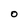
Character: O